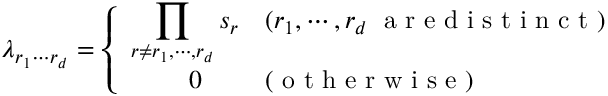
\lambda _ { r _ { 1 } \cdots r _ { d } } = \left\{ \begin{array} { l l } { \displaystyle { \prod _ { r \neq r _ { 1 } , \cdots , r _ { d } } s _ { r } } } & { ( r _ { 1 } , \cdots , r _ { d } \; \mathrm { ~ a ~ r ~ e ~ d ~ i ~ s ~ t ~ i ~ n ~ c ~ t ~ } ) } \\ { \quad \quad \; 0 } & { ( \mathrm { ~ o ~ t ~ h ~ e ~ r ~ w ~ i ~ s ~ e ~ } ) } \end{array} \right.